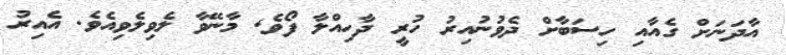
އާދަނަށް ގެއާއި ހިސަބާށް ދެވުނުއިރު ހުރީ ދާހިއްލާ ފޯވެ